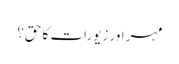
مہر اور زیورات کا حق؟